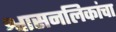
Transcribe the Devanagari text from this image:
श्वासनलिकांचा